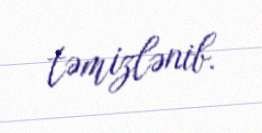
təmizlənib.